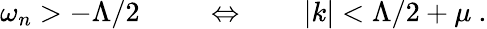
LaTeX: \omega_{n}>-\Lambda/2\ \qquad\Leftrightarrow\qquad|k|<\Lambda/2+\mu\ .